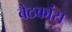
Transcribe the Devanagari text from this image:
बैठकांस